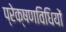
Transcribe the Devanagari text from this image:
प्रेक्षणविधियों